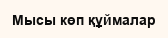
Мысы көп құймалар